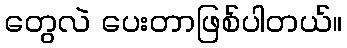
တွေလဲ ပေးတာဖြစ်ပါတယ်။